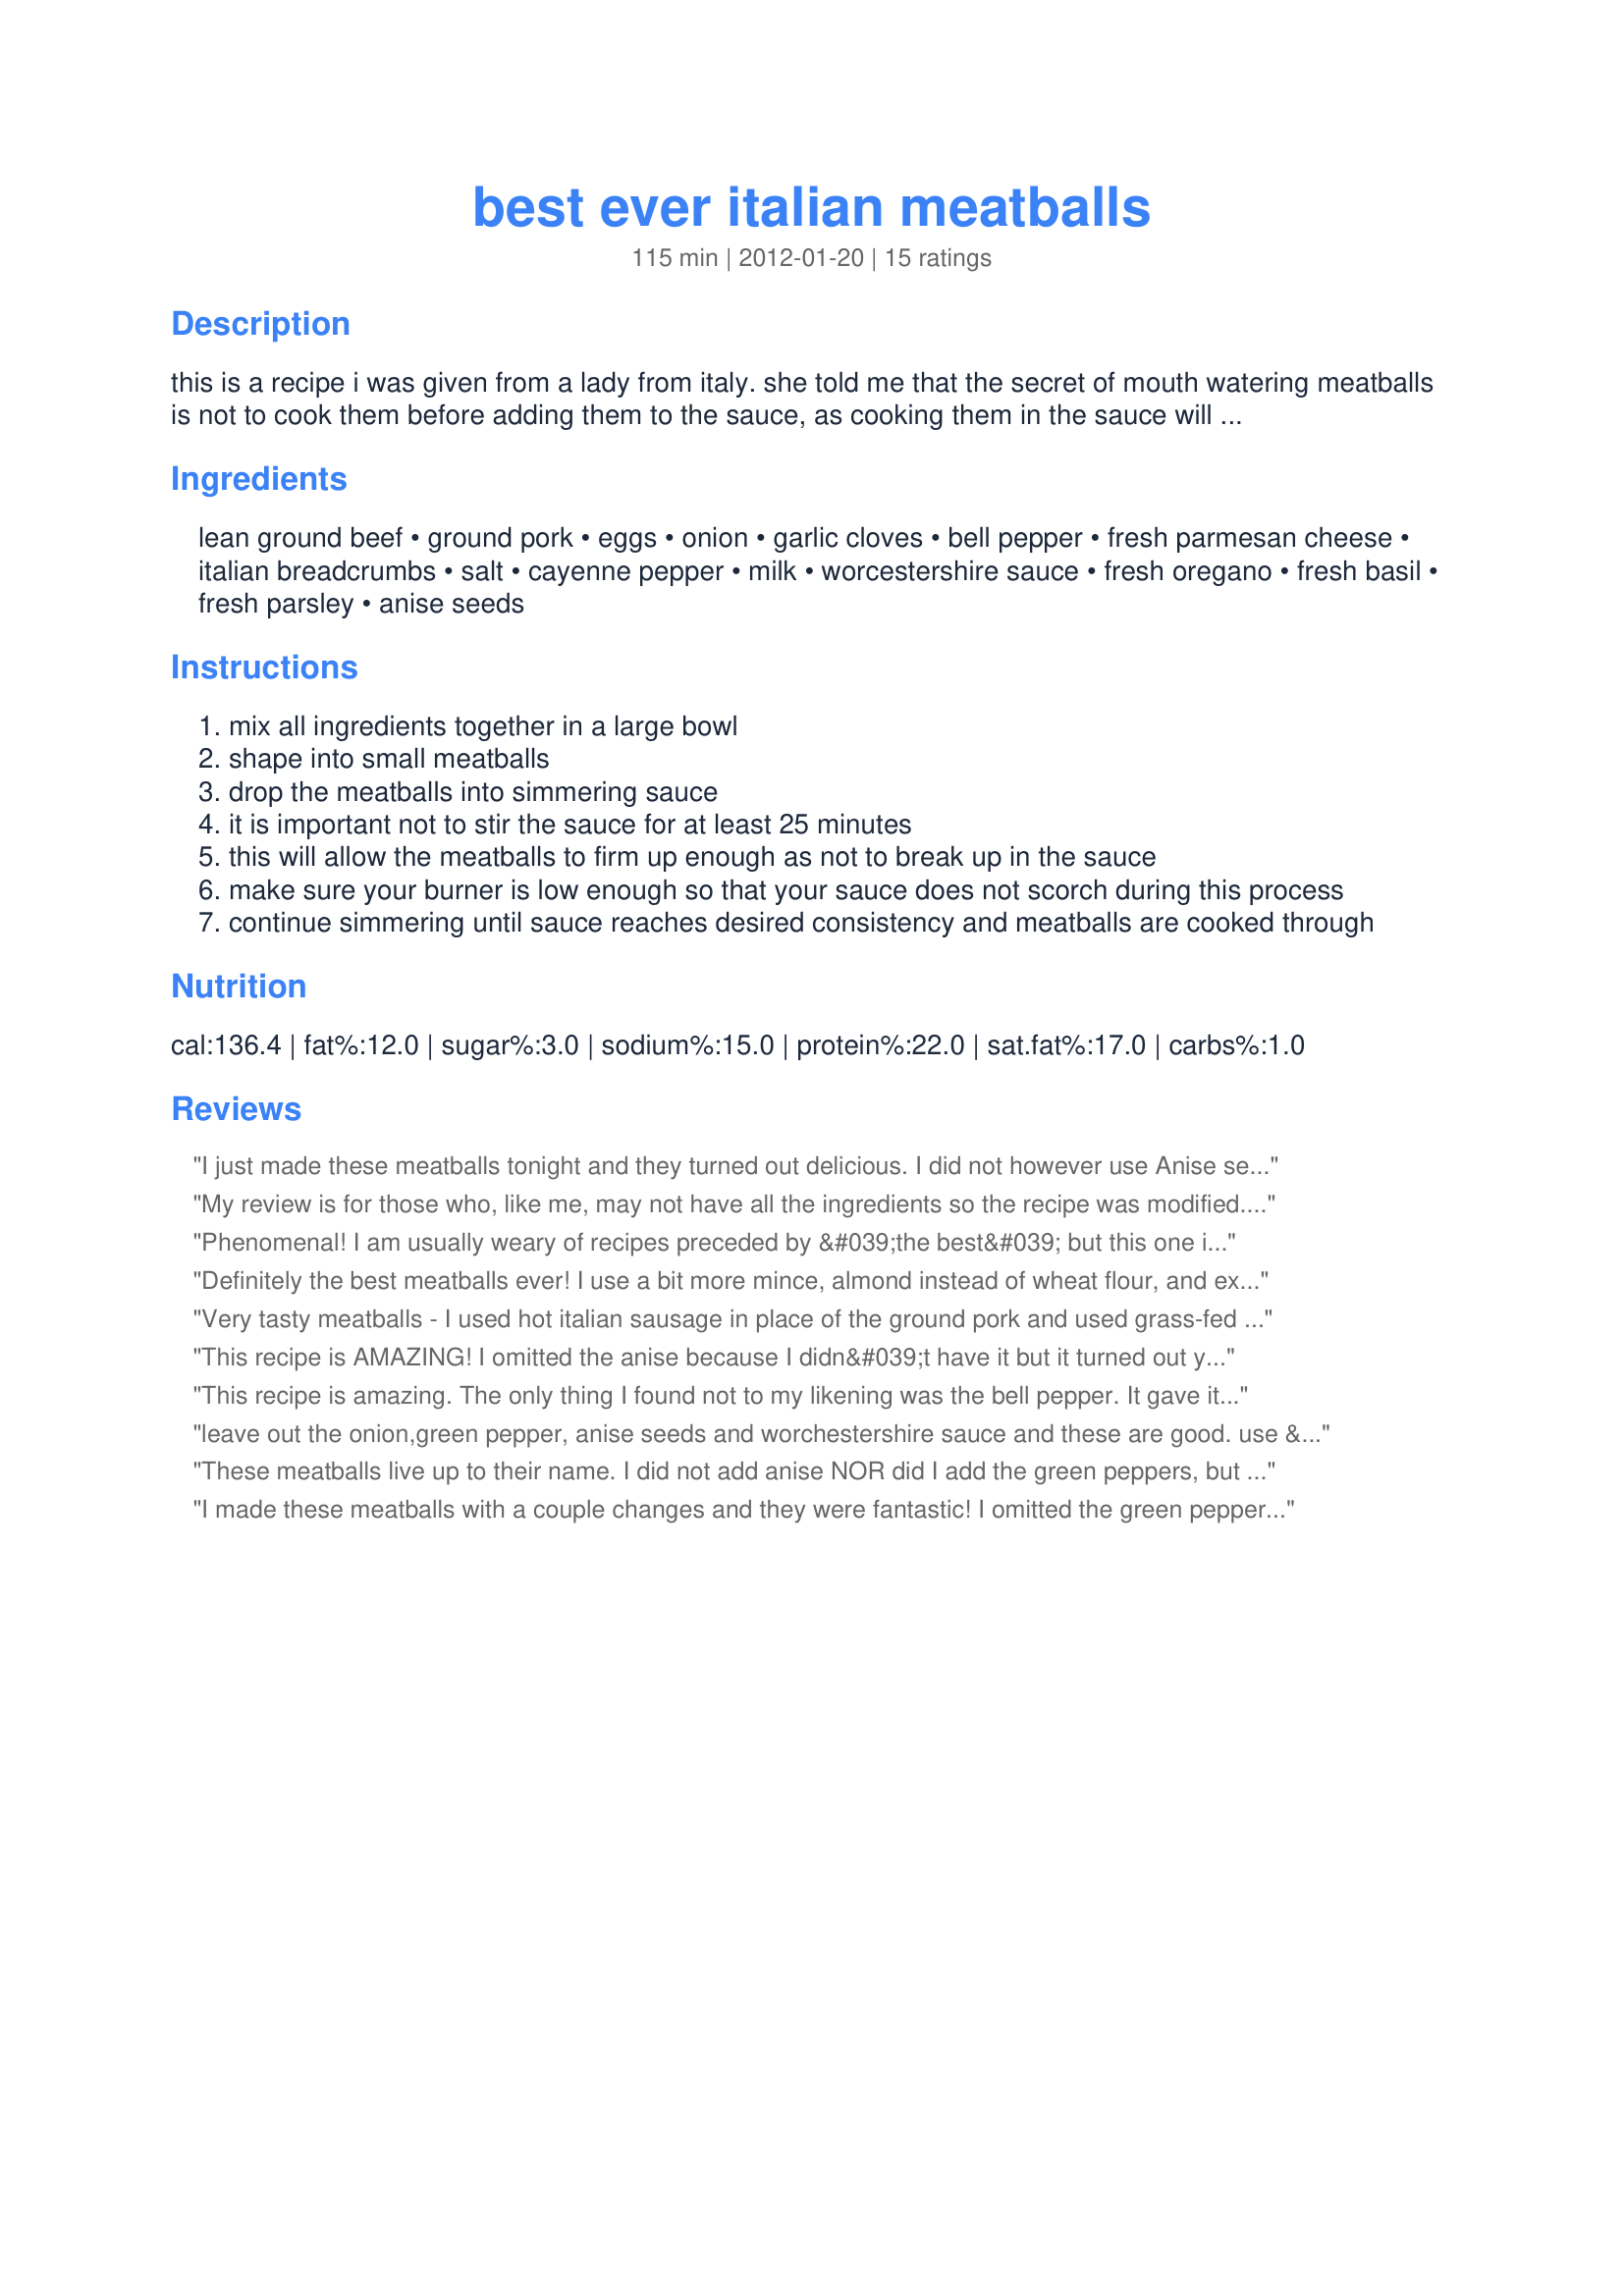
best ever italian meatballs
Preparation time: 115 minutes

this is a recipe i was given from a lady from italy. she told me that the secret of mouth watering meatballs is not to cook them before adding them to the sauce, as cooking them in the sauce will not only add more flavor to the sauce, but also to the meatballs. what i do is make these a day ahead of time, with my sauce. then, i refrigerate it over-night, which makes any fat rise to the top and harden, where it is easily removed. this process also allows all of the flavors to "marry" together, making it especially delicious!

Ingredients:
lean ground beef, ground pork, eggs, onion, garlic cloves, bell pepper, fresh parmesan cheese, italian breadcrumbs, salt, cayenne pepper, milk, worcestershire sauce, fresh oregano, fresh basil, fresh parsley, anise seeds

Steps:
mix all ingredients together in a large bowl
shape into small meatballs
drop the meatballs into simmering sauce
it is important not to stir the sauce for at least 25 minutes
this will allow the meatballs to firm up enough as not to break up in the sauce
make sure your burner is low enough so that your sauce does not scorch during this process
continue simmering until sauce reaches desired consistency and meatballs are cooked through

Reviews:
I just made these meatballs tonight and they turned out delicious. I did not however use Anise seeds as I didn&#039;t have them so they may be too spicy for some people. I also adapted the recipe where I cooked them for about 25 minutes in the oven and out them in sauce to simmer as another recipe said to do. Other than that I followed the recipe to the letter except for using more cheese and omitting the green peppers. They came out awesome and would be really great for meatball subs or over pasta. Thank you for this recipe, I will definitely use it again.
My review is for those who, like me, may not have all the ingredients so the recipe was modified. Used all ground beef, no fresh herbs but substituted dried, omitted anise and green pepper. I cooked the meatballs in the sauce as directed but couldn&#039;t fit them all in the pan so baked the remaining ones - those in the sauce came out better. Didn&#039;t touch it for 25 minutes, turned them, simmered another 10-15. The sauced meatballs (12) were much larger than the size of a golfball and the baked ones (14) about the size of the golfball - so with 1 1/2 lbs. of meat, this makes quite a bit. Simmering them softens the onion where baking doesn&#039;t allow enough time for the onion to mellow. I&#039;ll use all fresh herbs next time - which I always prefer.
Phenomenal! I am usually weary of recipes preceded by &#039;the best&#039; but this one is no joke. This is going to be my go to recipe for meatballs. The only two things I omitted were the anise and the green pepper but only because I forgot.
Definitely the best meatballs ever! I use a bit more mince, almond instead of wheat flour, and exclude both the anise and capsicum. I&#039;ve also made in bulk and frozen the meatballs to good effect. Thank you so much for this recioe!
Very tasty meatballs - I used hot italian sausage in place of the ground pork and used grass-fed beef. I did not use the anise seeds. Made these in my mother's sauce and it all turned out beautifully. Served over gluten-free brown rice pasta. Thanks for posting - made for Spring PAC 2012.
This recipe is AMAZING! I omitted the anise because I didn&#039;t have it but it turned out yummy anyway. I&#039;ve read the other reviews to leave out the green peppers so I&#039;ll try that next time. Also, the sausage I used for this was the Jimmy Dean sage flavor (it was all I had) which itself is seasoned to perfection so I also went easy on the salt. DELICIOUS!
This recipe is amazing. The only thing I found not to my likening was the bell pepper. It gave it extra zest but with the onion garlic and bread crumbs it made the meatballs too chunky. Many people skipped the anise but I found that this ingredient is neccessary to combat the spicy-ness that the cayenne pepper gave. The only other thing I would do is use lean ground beef and pork because much of the fat is left in the sauce since there is no way to drain the oil. I didn&#039;t mind the fatty sauce but it make it look orange instead the traditional red of tomato sauce. But that&#039;s the brilliance of these recipes is that some of the weird things work for some and others not. It is then up to you to make the final touches to make it your &quot;World&#039;s Best&quot;.
leave out the onion,green pepper, anise seeds and worchestershire sauce and these are good. use &quot; Day old&quot; italian bread ground up in a food processor then add the milk , let it sit for 5 minutes to get all mushy, stir with a fork then add the remaining ingredients , mixing well. cover and let sit in fridge for at least an hour for the flavors to mingle then make the meatballs , simmered in sauce for an hour - hour &amp; 1/2
These meatballs live up to their name. I did not add anise NOR did I add the green peppers, but they were the best meatballs I have ever made and I have been making meatballs for 25 years. I will never use another recipe.
I made these meatballs with a couple changes and they were fantastic! I omitted the green pepper and did not use the anise seeds. I also put the meatballs in a 400 degree oven for about 5-7 minutes before putting them into my sauce. Then I simmered them in the sauce for about 10 minutes. I was hesitant about dropping raw meat into my sauce. My family really enjoyed them. This is now my meatball recipe. Thanks for sharing!
These meatballs are by far THE BEST we have ever made or tasted! I&#039;m Hungarian so I take pride in everything I cook, cooking them in the sauce is it&#039;s a secret I never knew. I am on my second batch, I got my two kids to help me mix everything together I doubled the recipe! I&#039;m making two batches tonight and freezing one for the next time. I&#039;m actually going to slow simmer an entire meatloaf submerged in sauce this way and then carefully pull it out of my Dutch oven to cool. I will have enough this time around to make meatball subs afterwards and to slice them when they&#039;re cool and put them on our homemade pizza! thank you so much Colleen for putting out this recipe my family and friends love it!
Surprised this recipe only had one review. These meatballs turned out perfect. As stated in the description, they add flavor to the sauce and to the meatballs themselves. You won&#039;t be disappointed if you try this method. The only comment is that it says it makes 16 small meatballs. I made medium size and had to stop at 21. Running out of room in the sauce pot.
I&#039;ve had many varieties of meatballs over the years. My grandmother is Italian. I followed recipe, but doubled it and left out green pepper (which is a huge NO in Italian meatballs) and it was fantastic!!! I&#039;m never making another recipe again.
Maybe I am crazy, but these meatballs were terrible. I have cooked the Ina Garten recipe for years, and that recipe rocks! I was in the mood this afternoon for a change and found this recipe via google. I followed the directions exactly, and I can cook. I have done so professionally for a living and personally for my family for 20+ years. These meatballs tasted like something you would eat at a retirement center, and smelled weird after cooking. I didn&#039;t make homemade sauce this time, as these meatballs need more prep time than my usual recipe, so I went with Rao&#039;s Marinara. It wasn&#039;t the marinara. I am confused? Perhaps I had a bad ingredient...will not try again.
I've read and re-read the recipe and still can't find anything relating to the sauce. Where's the sauce ingredients and instructions? Anyone out there can help me? Thanks.
